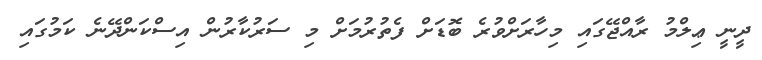
ދީނީ ޢިލްމު ރާއްޖޭގައި މިހާރަށްވުރެ ބޮޑަށް ފެތުރުމަށް މި ސަރުކާރުން އިސްކަންދޭނެ ކަމުގައި